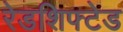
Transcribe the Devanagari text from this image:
रेडशिफ्टेड